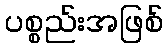
ပစ္စည်းအဖြစ်